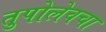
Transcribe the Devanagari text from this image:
तुपोलेवचा